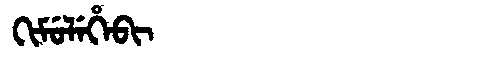
Manchu: ᡴᡳᠮᡠᠯᡝᡥᡝᠪᡳ
Romanization: KIMULEHEBI